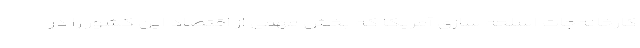
کارخانه‌­جات اسلحه سازی آمریکا که بخش مهمی از اقتصاد این کشور را در